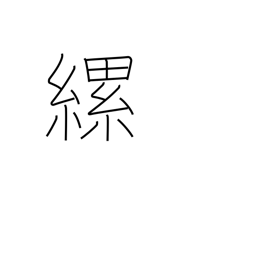
Meaning: tie